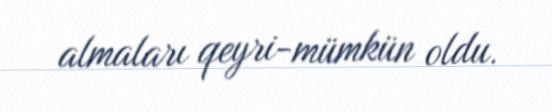
almaları qeyri-mümkün oldu.